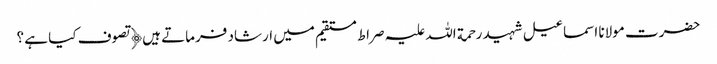
حضرت مولانا اسماعیل شہید رحمة اللہ علیہ صراط مستقیم میں ارشاد فرماتے ہیں﴿ تصوف کیا ہے ؟